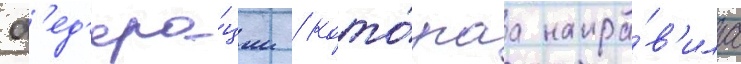
ф'ед'ера́ции / кото́раа напра́в'ила